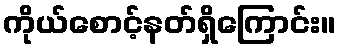
ကိုယ်စောင့်နတ်ရှိကြောင်း။